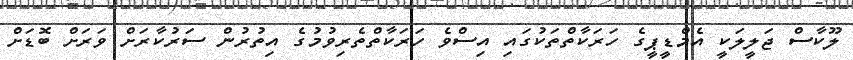
ލޫކާސް ޖަލީލަކީ އެމްޑީޕީގެ ހަރަކާތްތަކުގައި އިސްވެ ހަރަކާތްތެރިވުމުގެ އިތުރުން ސަރުކާރަށް ވަރަށް ބޮޑަށް